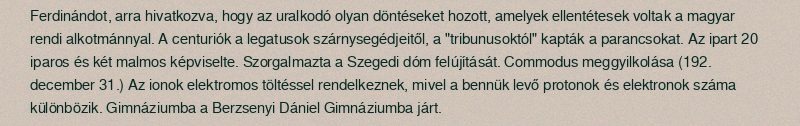
Ferdinándot, arra hivatkozva, hogy az uralkodó olyan döntéseket hozott, amelyek ellentétesek voltak a magyar rendi alkotmánnyal. A centuriók a legatusok szárnysegédjeitől, a "tribunusoktól" kapták a parancsokat. Az ipart 20 iparos és két malmos képviselte. Szorgalmazta a Szegedi dóm felújítását. Commodus meggyilkolása (192. december 31.) Az ionok elektromos töltéssel rendelkeznek, mivel a bennük levő protonok és elektronok száma különbözik. Gimnáziumba a Berzsenyi Dániel Gimnáziumba járt.